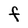
Character: f